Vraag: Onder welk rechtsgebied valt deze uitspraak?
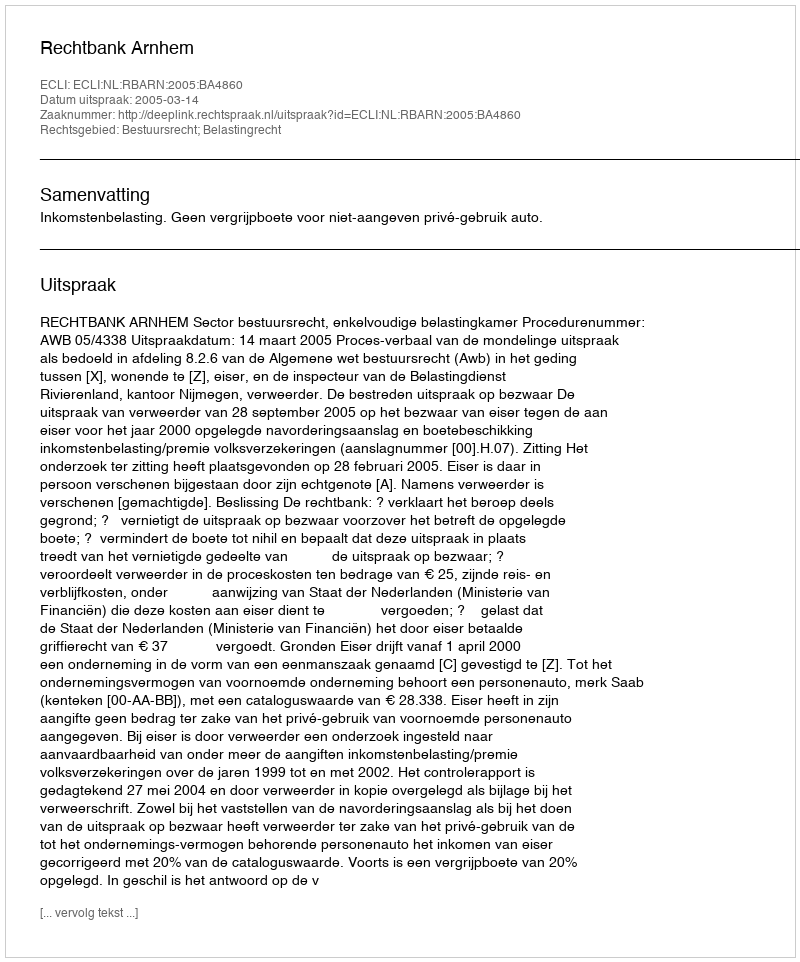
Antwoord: Bestuursrecht; Belastingrecht